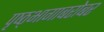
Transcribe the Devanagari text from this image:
पृष्ठ्भागाबरोबर